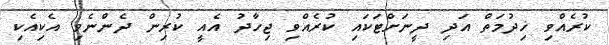
ކުރެއްވި ޚިދުމަތް އަދި ދީނަށްޓަކައި ކުރެއްވި ޖިހާދު އެއީ ކުރިން ދެންނެވި އެކިއެކި